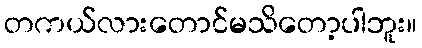
တကယ်လားတောင်မသိတော့ပါဘူး။